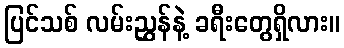
ပြင်သစ် လမ်းညွှန်နဲ့ ခရီးတွေရှိလား။